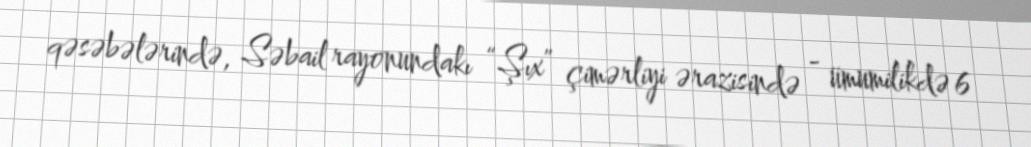
qəsəbələrində, Səbail rayonundakı “Şıx” çimərliyi ərazisində - ümumilikdə 6